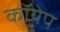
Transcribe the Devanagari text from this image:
कॉयेप